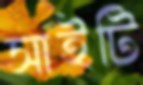
সাইটি